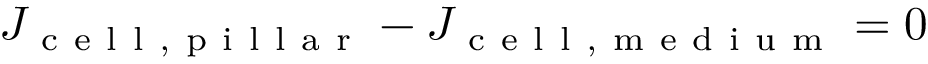
J _ { \mathrm { ~ c ~ e ~ l ~ l ~ , ~ p ~ i ~ l ~ l ~ a ~ r ~ } } - J _ { \mathrm { ~ c ~ e ~ l ~ l ~ , ~ m ~ e ~ d ~ i ~ u ~ m ~ } } = 0